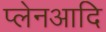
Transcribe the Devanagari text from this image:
प्लेनआदि